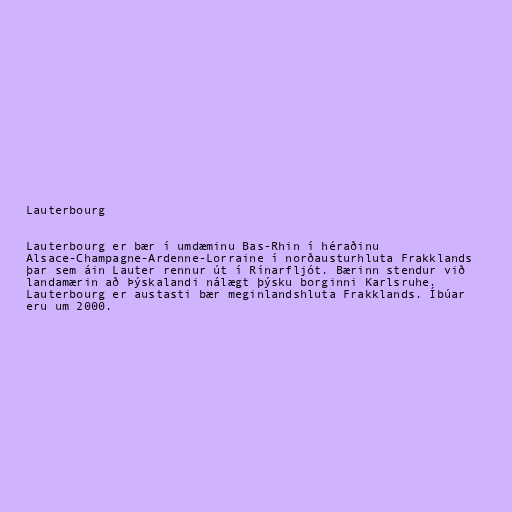
Lauterbourg

Lauterbourg er bær í umdæminu Bas-Rhin í héraðinu
Alsace-Champagne-Ardenne-Lorraine í norðausturhluta Frakklands
þar sem áin Lauter rennur út í Rínarfljót. Bærinn stendur við
landamærin að Þýskalandi nálægt þýsku borginni Karlsruhe.
Lauterbourg er austasti bær meginlandshluta Frakklands. Íbúar
eru um 2000.